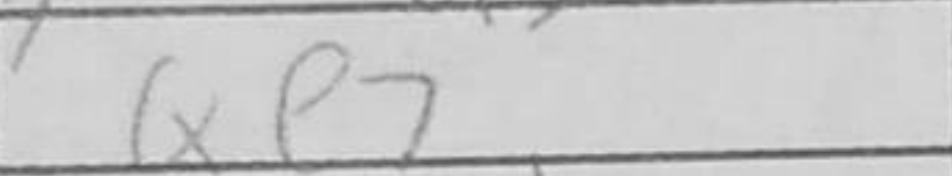
Transcription: Qe7